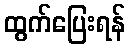
ထွက်ပြေးရန်